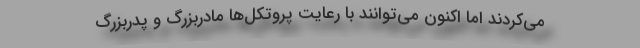
می‌کردند اما اکنون می‌توانند با رعایت پروتکل‌ها مادربزرگ و پدربزرگ